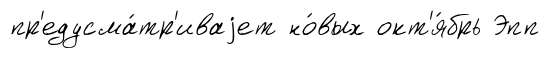
пр'едусма́тр'иваjет но́вых окт'я́брь Эпп